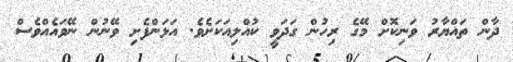
ދާން ތައްޔާރު ވަނިކޮށް މޭގެ ރިހުން ގަދަވީ ކުއްލިއަކަށެވެ. އަޅަންފެށި ވޭނުން ނޭވައެއްވެސް